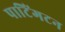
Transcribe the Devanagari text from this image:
पाटिंगटन